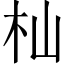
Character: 杣